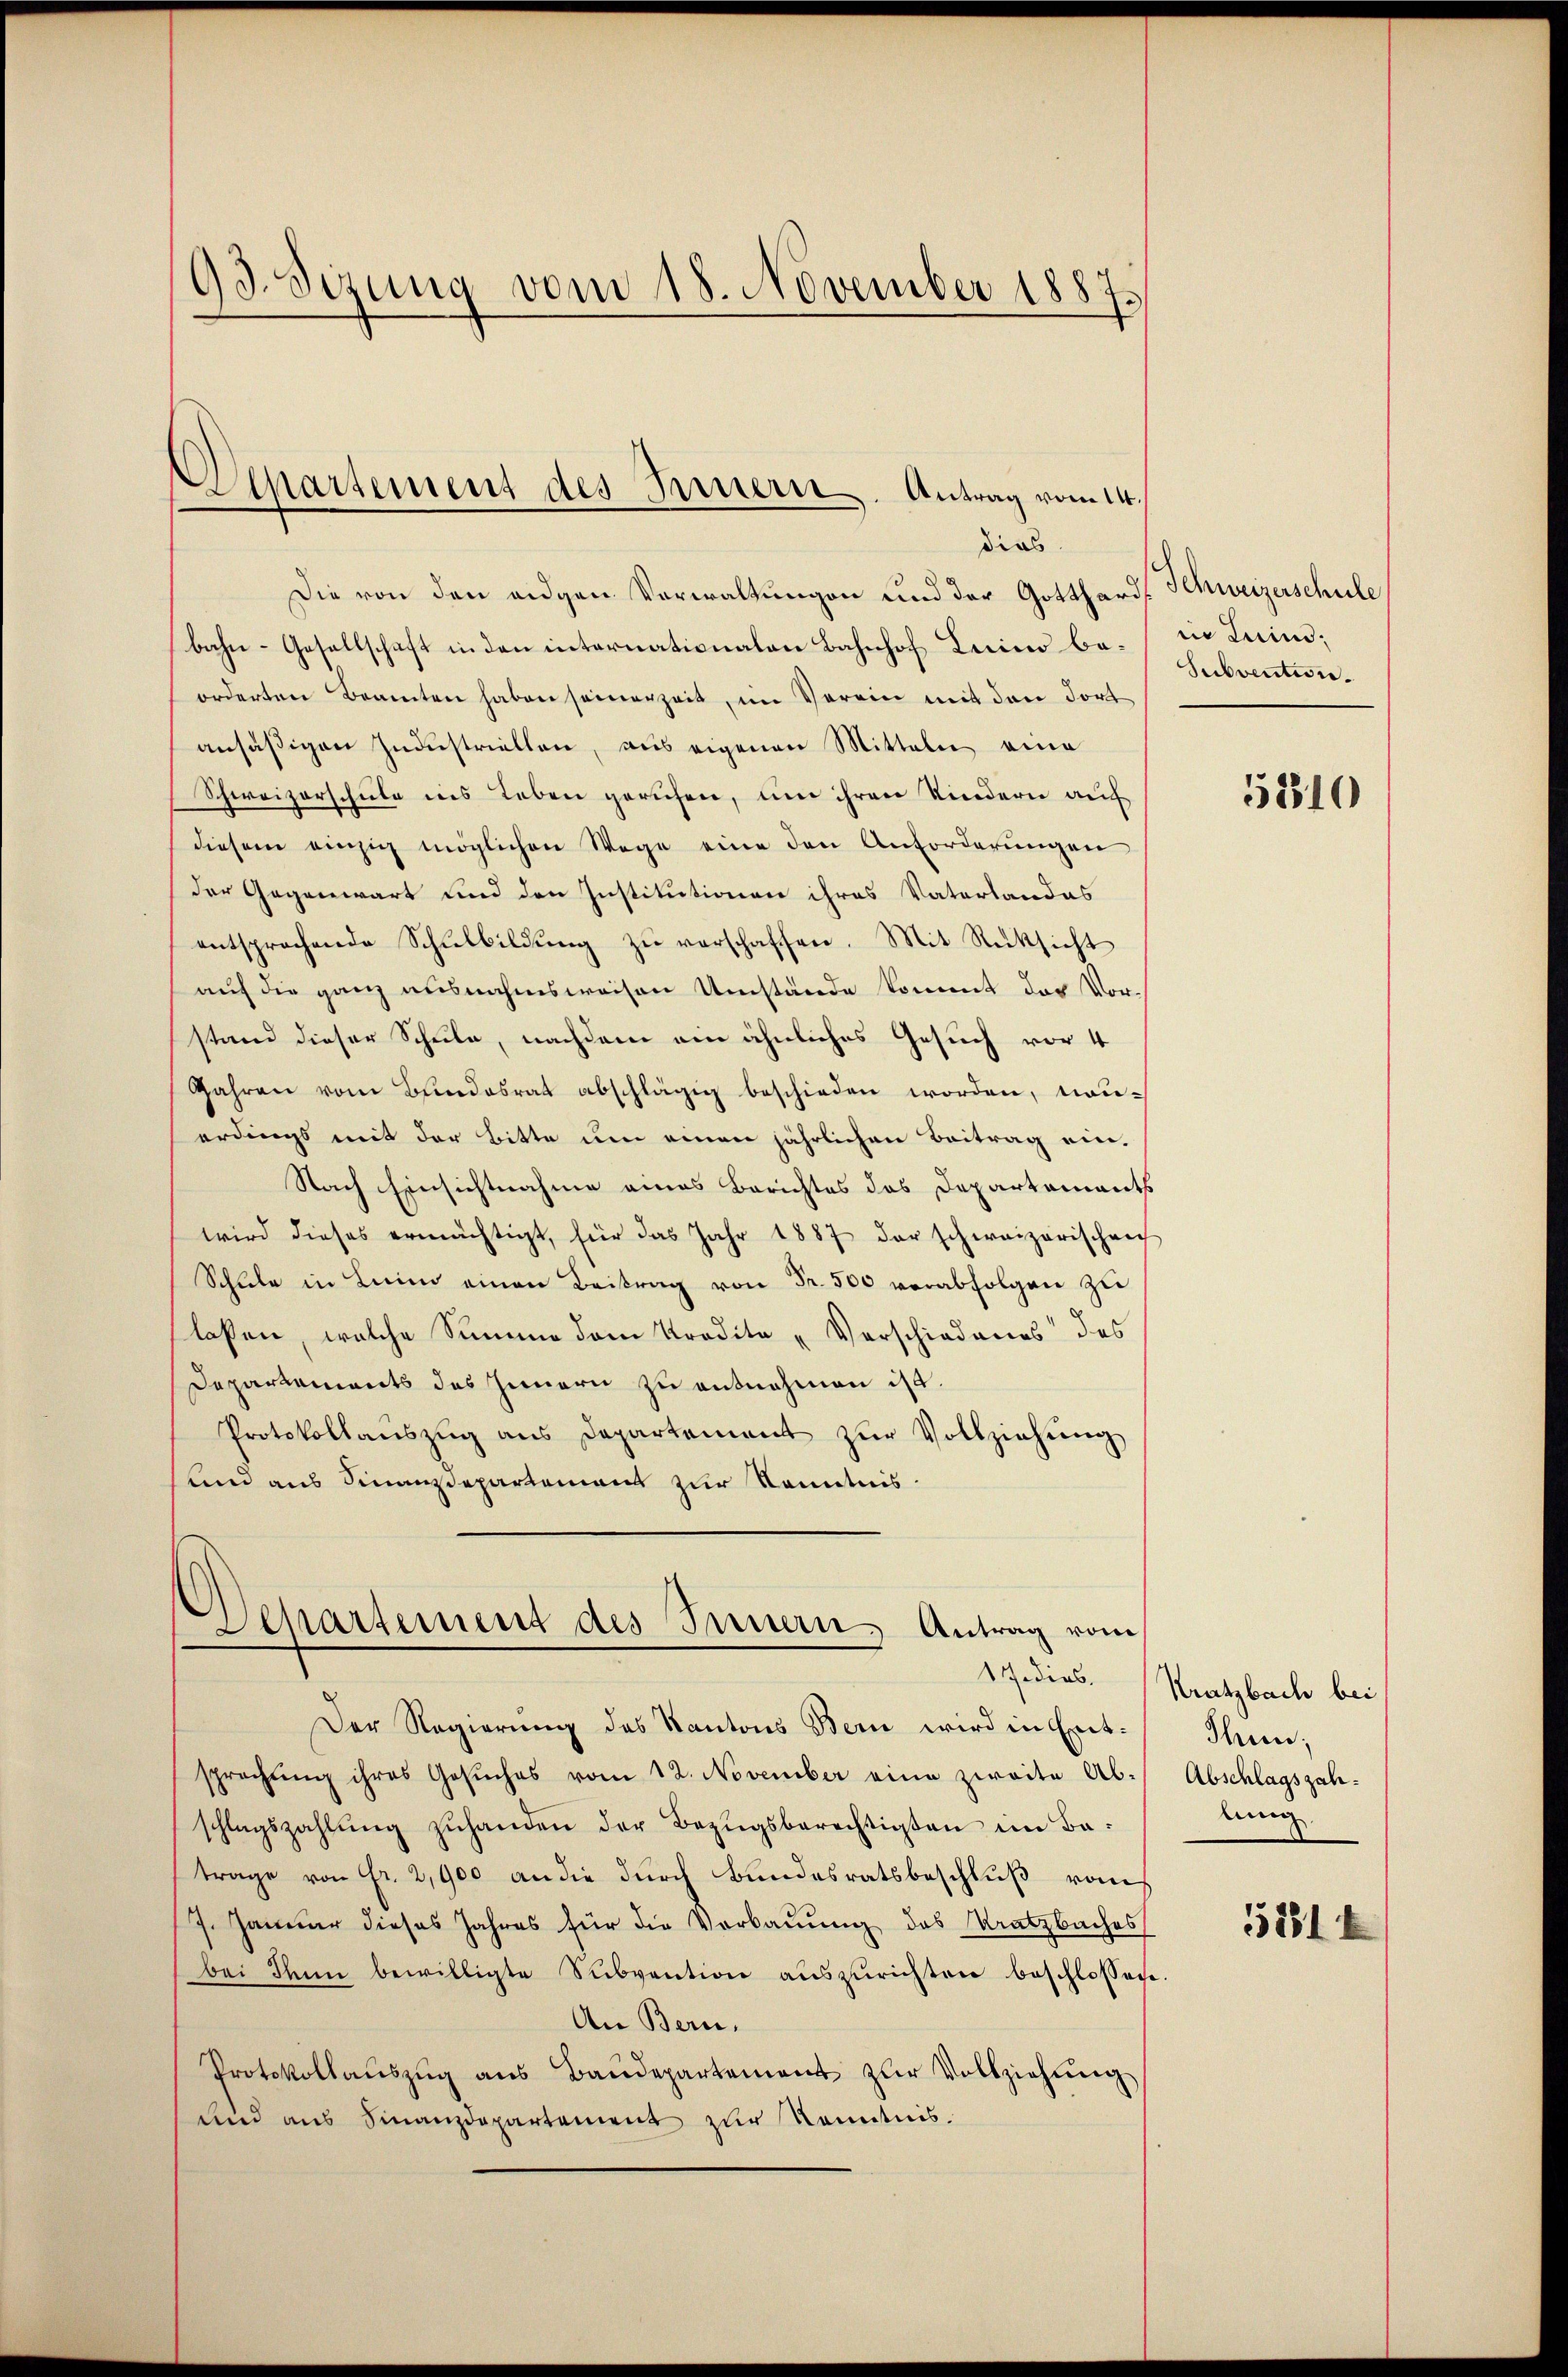
93. Sezung vom 18. November 1887.

Departement des Innern. Antrag vom 14.
dias

Die von den eigen Verwaltungen und der Gotthard Schweizerschule
bahn-Gesellschaft in den internationalen Bahnhof Leiner be- in Leim;
orderten Beamten haben seinerzeit, im Verein mit den dort
ansäßigen Industriellen, aus eigenen Mitteln eine
Schweizerschule ins Leben geruhen, um ihren Kindern auch
diesem einzig möglichen Wege eine den Anforderŭngen
der Gegenwart und den Institutionen ihres Vaterlandas
entsprechende Schŭlbildŭng zŭ verschaffen. Mit Rücksicht
auf die ganz ausnahmsweisen Umstände kommt des Vorstand dieser Schule, nachdem ein ähnliches Gesuch vor 4
Jahren vom Bundesrat abschlägig beschieden worden, nouerdings mit der Bitte um einen jährlichen Beitrag ein¬
Nach Einsichtnahme eines Berichtes das Departements
wird dieses ermächtigt, für das Jahr 1887 der schweizerischen
Schŭle in Leim einen Beitrag von Fr. 500 verabfolgen zŭ
laßen, welche Summe dem Kredite „Verschiedenes des
Departements des Innern zu entnehmen ist.
Protokollaŭszŭg ans Departement zŭr Vollziehung
Und aus Finanzdepartement zur Kenntnis¬

Separtement des Innern Antrag vom
17. dies

Subvention.

Der Regierung des Kantons Bern wird in Entsprechŭng ihres Gesŭches vom 12. November eine zweite Ab-
schlagszahlŭng zŭhanden der Bezŭgsberechtigten im Batrage von Fr. 2,900 an die durch Bundesratsbeschluß vons
17. Januar dieses Jahres für die Verbauung des Kratzbaches
bei denn bewilligte Subvention aŭszŭrichten beschlossen.
An Bern.
Protokollaŭszŭg ans Baŭdepartement zŭr Vollziehŭng
und aus Finanzdepartement zur Kenntnis.

52810

Kratzbach bei
Thun,
Abschlagszahlung

5281 f